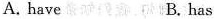
A. have B. has